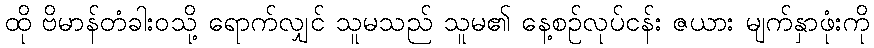
ထို ဗိမာန်တံခါးဝသို့ ရောက်လျှင် သူမသည် သူမ၏ နေ့စဉ်လုပ်ငန်း ဇယား မျက်နှာဖုံးကို